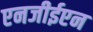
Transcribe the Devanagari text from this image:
एनजीईएन